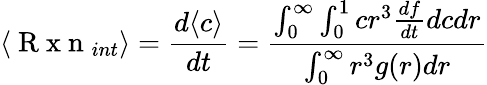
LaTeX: \langle\mathrm{~R~x~n~}_{int}\rangle=\frac{d\langle c\rangle}{dt}=\frac{\int_{0}^{\infty}\int_{0}^{1}cr^{3}\frac{df}{dt}dcdr}{\int_{0}^{\infty}r^{3}g(r)dr}